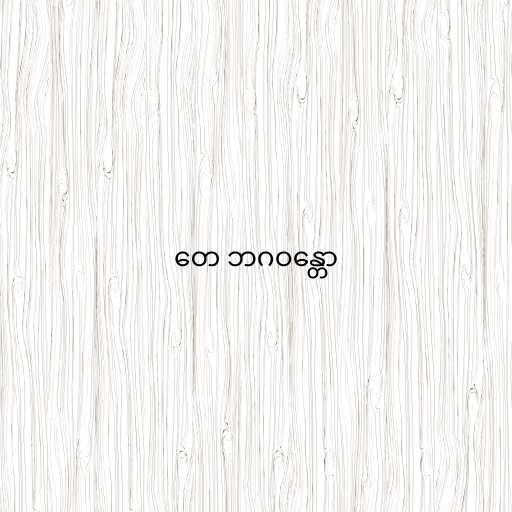
တေ ဘဂဝန္တော